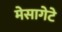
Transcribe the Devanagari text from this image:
मेसागेटे